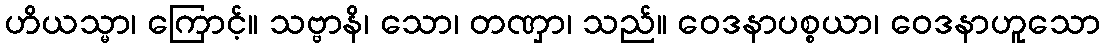
ဟိယသ္မာ၊ ကြောင့်။ သဗ္ဗာနိ၊ သော၊ တဏှာ၊ သည်။ ဝေဒနာပစ္စယာ၊ ဝေဒနာဟူသော